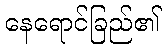
နေရောင်ခြည်၏